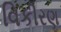
વિકીરણ